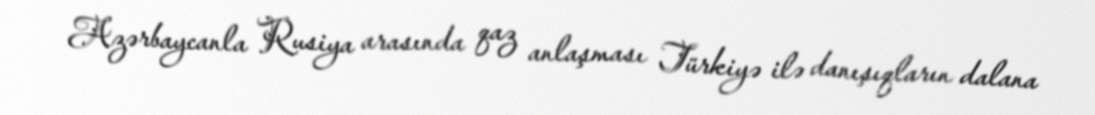
Azərbaycanla Rusiya arasında qaz anlaşması Türkiyə ilə danışıqların dalana